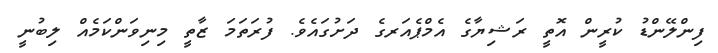
ފިންލޭންޑު ކުރީން އޮތީ ރަޝިޔާގެ އެމްޕެއަރގެ ދަށުގައެވެ. ފުރަތަމަ ޒާތީ މިނިވަންކަމެއް ލިބުނީ